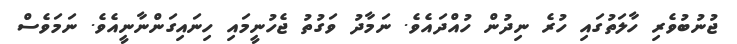
ޖުނުބުވެރި ހާލަތުގައި ހުރެ ނިދުން ހުއްދައެވެ. ނަމާދު ވަގުތު ޖެހުނީމައި ހިނައިގަންނާނީއެވެ. ނަމަވެސް